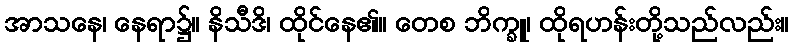
အာသနေ၊ နေရာ၌။ နိသီဒိ၊ ထိုင်နေ၏။ တေစ ဘိက္ခူ၊ ထိုရဟန်းတို့သည်လည်း။